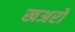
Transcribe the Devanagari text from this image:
खअरो